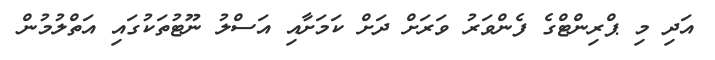
އަދި މި ޕްރިންޓްގެ ފެންވަރު ވަރަށް ދަށް ކަމަށާއި އަސްލު ނޫޓުތަކުގައި އަތްލުމުން